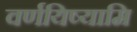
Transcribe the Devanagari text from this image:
वर्णयिष्यामि